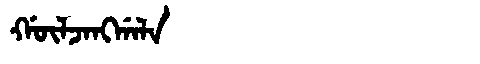
Manchu: ᡤᡡᠯᠵᠠᠩᡤᠠᠯᠠ
Romanization: GŪLJANGGALA